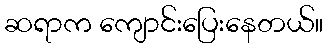
ဆရာက ကျောင်းပြေးနေတယ်။